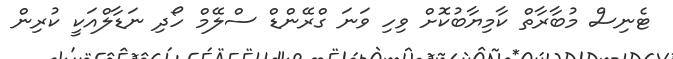
ޓެނިސް މުބާރާތް ކާމިޔާބުކޮށް ވިހި ވަނަ ގްރޭންޑް ސްލޭމް ހޯދި ނަޑާލްއަކީ ކުރިން